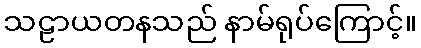
သဠာယတနသည် နာမ်ရုပ်ကြောင့်။